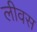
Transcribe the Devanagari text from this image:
लीवस